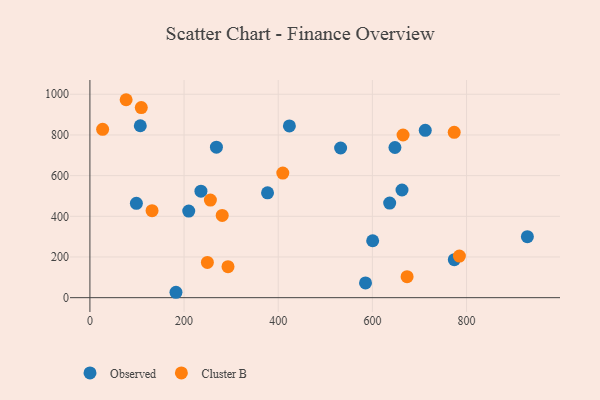
{"axis": {"x": "Engine Size", "y": "Profit"}, "legend": ["Cluster B", "Observed"], "data": [{"x": "585.4", "y": 72.3, "type": "Observed"}, {"x": "774.0", "y": 186.7, "type": "Observed"}, {"x": "929.2", "y": 299.7, "type": "Observed"}, {"x": "600.6", "y": 279.7, "type": "Observed"}, {"x": "182.8", "y": 26.5, "type": "Observed"}, {"x": "268.7", "y": 739.8, "type": "Observed"}, {"x": "377.3", "y": 515.4, "type": "Observed"}, {"x": "712.3", "y": 822.6, "type": "Observed"}, {"x": "235.8", "y": 523.7, "type": "Observed"}, {"x": "647.9", "y": 738.2, "type": "Observed"}, {"x": "107.0", "y": 845.2, "type": "Observed"}, {"x": "98.7", "y": 463.8, "type": "Observed"}, {"x": "532.5", "y": 735.7, "type": "Observed"}, {"x": "662.9", "y": 529.4, "type": "Observed"}, {"x": "209.9", "y": 425.9, "type": "Observed"}, {"x": "636.7", "y": 465.2, "type": "Observed"}, {"x": "423.7", "y": 844.3, "type": "Observed"}, {"x": "773.8", "y": 812.6, "type": "Cluster B"}, {"x": "109.1", "y": 934.5, "type": "Cluster B"}, {"x": "409.7", "y": 612.7, "type": "Cluster B"}, {"x": "673.7", "y": 103.4, "type": "Cluster B"}, {"x": "249.5", "y": 173.3, "type": "Cluster B"}, {"x": "784.8", "y": 204.4, "type": "Cluster B"}, {"x": "255.9", "y": 480.0, "type": "Cluster B"}, {"x": "76.9", "y": 973.1, "type": "Cluster B"}, {"x": "665.1", "y": 799.7, "type": "Cluster B"}, {"x": "293.3", "y": 152.4, "type": "Cluster B"}, {"x": "132.0", "y": 427.5, "type": "Cluster B"}, {"x": "281.0", "y": 404.1, "type": "Cluster B"}, {"x": "27.0", "y": 827.6, "type": "Cluster B"}]}